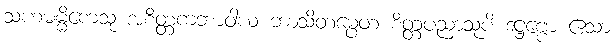
သဟဓမ္မိကေသု အစိတ္တကဘာဝါယ ဘာသိတမ္ပေတံ စိတ္တပညာသုပိ ဒဋ္ဌဗ္ဗော ဧသာ